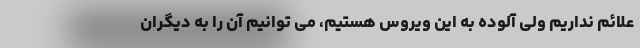
علائم نداریم ولی آلوده به این ویروس هستیم، می توانیم آن را به دیگران